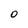
Character: O